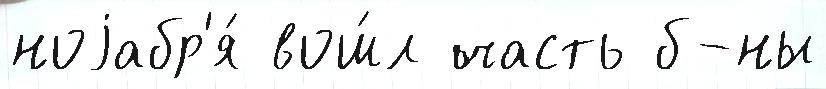
ноjабр'я́ вош́л часть б-ны